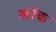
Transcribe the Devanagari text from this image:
ब्यरेक